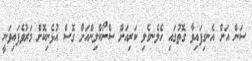
ސަން އަށް އެނގިފައިވާ ގޮތުގައި ހެލެނގެލި ކަރިއަށް ސްނޯކްލިންއަށް ގޮސް އުޅެނިކޮށް މަރުވެފައިވަނީ